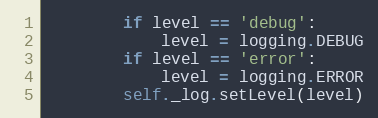
Language: Python
        if level == 'debug':
            level = logging.DEBUG
        if level == 'error':
            level = logging.ERROR
        self._log.setLevel(level)